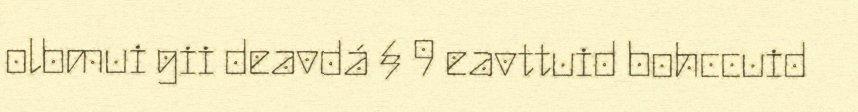
olbmui gii deavdá § 9 eavttuid bohccuid